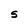
Character: S